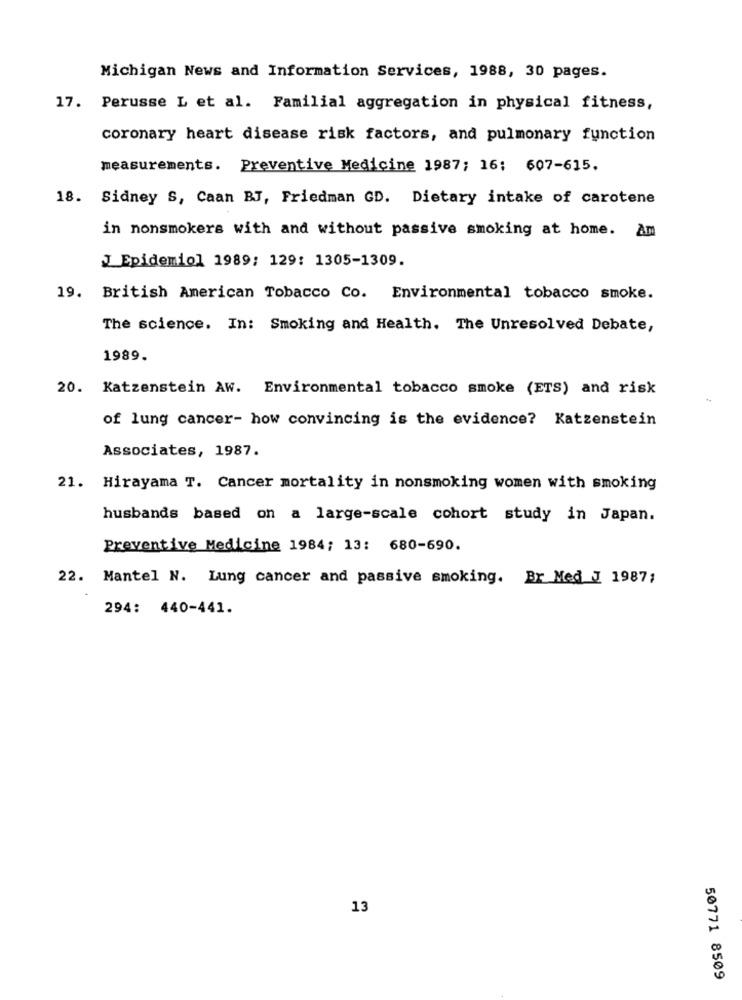
Michigan News and Information Services, 1988, 30 pages.
17. Perusse L et al. Familial aggregation in physical fitness,
coronary heart disease risk factors, and pulmonary function
measurements. Preventive Medicine 1987; 16: 607-615.
18. Sidney S, Caan BJ, Friedman GD. Dietary intake of carotene
in nonsmokers with and without passive smoking at home. Am
J Epidemiol 1989; 129: 1305-1309.
19. British American Tobacco Co. Environmental tobacco smoke.
The science. In: Smoking and Health. The Unresolved Debate,
1989.
20. Katzenstein AW. Environmental tobacco smoke (ETS) and risk
of lung cancer- how convincing is the evidence? Katzenstein
Associates, 1987.
21. Hirayama T. Cancer mortality in nonsmoking women with smoking
husbands based on a large-scale cohort study in Japan.
Preventive Medicine 1984; 13: 680-690.
22. Mantel N. Lung cancer and passive smoking. Br Med J 1987;
294: 440-441.
13
50771 8509